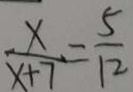
\frac { x } { x + 7 } = \frac { 5 } { 1 2 }